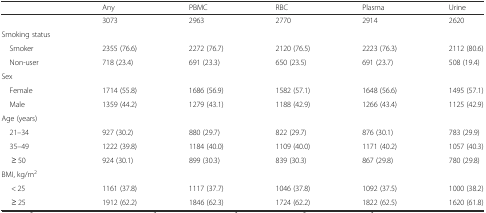
<table><thead><tr><td></td><td><b>Any</b></td><td><b>PBMC</b></td><td><b>RBC</b></td><td><b>Plasma</b></td><td><b>Urine</b></td></tr></thead><tbody><tr><td></td><td>3073</td><td>2963</td><td>2770</td><td>2914</td><td>2620</td></tr><tr><td>Smoking status</td><td></td><td></td><td></td><td></td><td></td></tr><tr><td> Smoker</td><td>2355 (76.6)</td><td>2272 (76.7)</td><td>2120 (76.5)</td><td>2223 (76.3)</td><td>2112 (80.6)</td></tr><tr><td> Non-user</td><td>718 (23.4)</td><td>691 (23.3)</td><td>650 (23.5)</td><td>691 (23.7)</td><td>508 (19.4)</td></tr><tr><td>Sex</td><td></td><td></td><td></td><td></td><td></td></tr><tr><td> Female</td><td>1714 (55.8)</td><td>1686 (56.9)</td><td>1582 (57.1)</td><td>1648 (56.6)</td><td>1495 (57.1)</td></tr><tr><td> Male</td><td>1359 (44.2)</td><td>1279 (43.1)</td><td>1188 (42.9)</td><td>1266 (43.4)</td><td>1125 (42.9)</td></tr><tr><td>Age (years)</td><td></td><td></td><td></td><td></td><td></td></tr><tr><td> 21–34</td><td>927 (30.2)</td><td>880 (29.7)</td><td>822 (29.7)</td><td>876 (30.1)</td><td>783 (29.9)</td></tr><tr><td> 35–49</td><td>1222 (39.8)</td><td>1184 (40.0)</td><td>1109 (40.0)</td><td>1171 (40.2)</td><td>1057 (40.3)</td></tr><tr><td>≥ 50</td><td>924 (30.1)</td><td>899 (30.3)</td><td>839 (30.3)</td><td>867 (29.8)</td><td>780 (29.8)</td></tr><tr><td>BMI, kg/m<sup>2</sup></td><td></td><td></td><td></td><td></td><td></td></tr><tr><td>&lt; 25</td><td>1161 (37.8)</td><td>1117 (37.7)</td><td>1046 (37.8)</td><td>1092 (37.5)</td><td>1000 (38.2)</td></tr><tr><td>≥ 25</td><td>1912 (62.2)</td><td>1846 (62.3)</td><td>1724 (62.2)</td><td>1822 (62.5)</td><td>1620 (61.8)</td></tr></tbody></table>